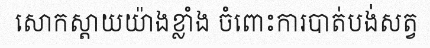
សោកស្តាយយ៉ាងខ្លាំង ចំពោះការបាត់បង់សត្វ